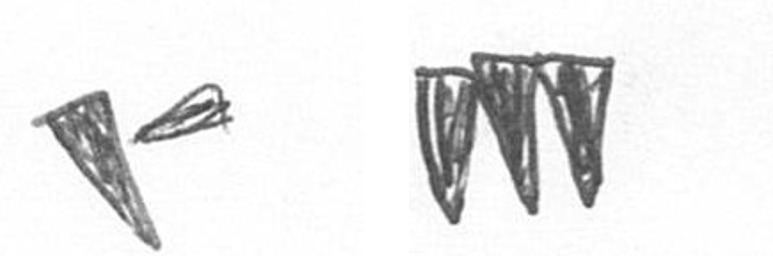
F L